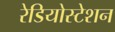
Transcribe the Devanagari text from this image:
रेडियोस्टेशन